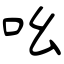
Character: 吆